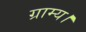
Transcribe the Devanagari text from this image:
ग्राम्य।